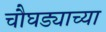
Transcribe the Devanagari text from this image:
चौघड्याच्या